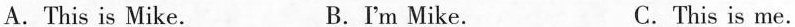
A.This is Mike. B.I'm Mike. C.This is me.